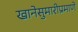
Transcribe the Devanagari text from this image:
खानेसुमारीप्रमाणे